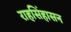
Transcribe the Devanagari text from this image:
राहसिंहासन